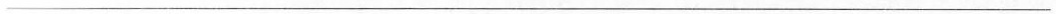
___